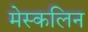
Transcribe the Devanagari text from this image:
मेस्कलिन